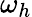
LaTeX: \omega_{h}